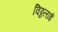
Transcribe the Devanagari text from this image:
विठ्ठलाई